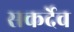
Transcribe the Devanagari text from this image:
सकर्देव